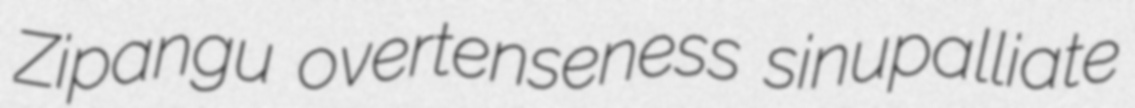
Zipangu overtenseness sinupalliate